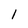
Character: l